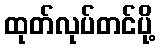
ထုတ်လုပ်တင်ပို့